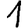
Digit: 1